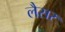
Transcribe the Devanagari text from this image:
लैसर